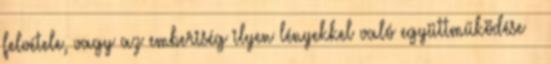
felvétele, vagy az emberiség ilyen lényekkel való együttműködése –